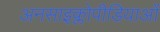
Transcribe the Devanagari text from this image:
अनसाइक्लोपीडियाओं